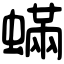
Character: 蟎